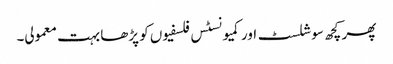
پھر کچھ سوشلسٹ اور کمیونسٹس فلسفیوں کو پڑھا بہت معمولی۔